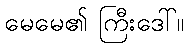
မေမေ၏ ကြီးဒေါ်။